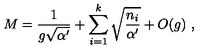
M = { \frac { 1 } { g \sqrt { \alpha ^ { \prime } } } } + \sum _ { i = 1 } ^ { k } \sqrt { \frac { n _ { i } } { \alpha ^ { \prime } } } + O ( g ) \ ,